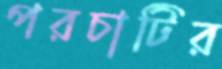
পরচাটির